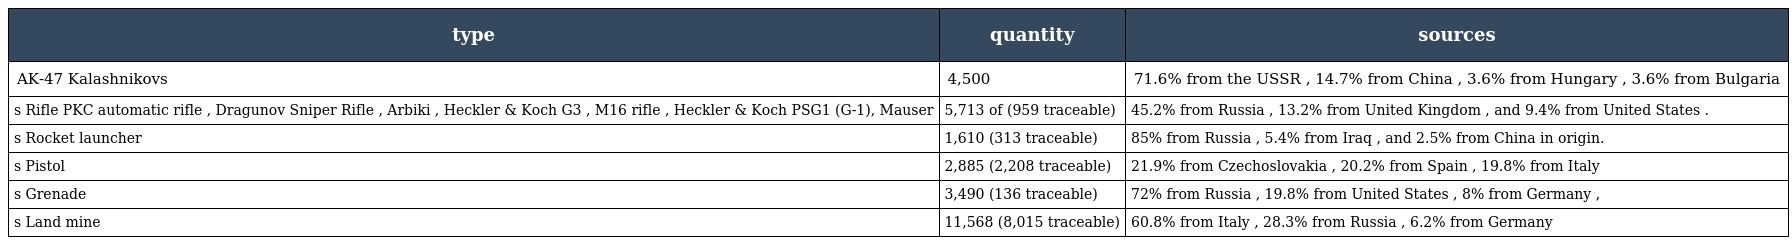
| type | quantity | sources |
 | --- | --- | --- |
 | AK-47 Kalashnikovs | 4,500 | 71.6% from the USSR , 14.7% from China , 3.6% from Hungary , 3.6% from Bulgaria |
 | s Rifle PKC automatic rifle , Dragunov Sniper Rifle , Arbiki , Heckler & Koch G3 , M16 rifle , Heckler & Koch PSG1 (G-1), Mauser | 5,713 of (959 traceable) | 45.2% from Russia , 13.2% from United Kingdom , and 9.4% from United States . |
 | s Rocket launcher | 1,610 (313 traceable) | 85% from Russia , 5.4% from Iraq , and 2.5% from China in origin. |
 | s Pistol | 2,885 (2,208 traceable) | 21.9% from Czechoslovakia , 20.2% from Spain , 19.8% from Italy |
 | s Grenade | 3,490 (136 traceable) | 72% from Russia , 19.8% from United States , 8% from Germany , |
 | s Land mine | 11,568 (8,015 traceable) | 60.8% from Italy , 28.3% from Russia , 6.2% from Germany |